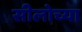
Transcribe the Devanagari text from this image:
सीलोच्या